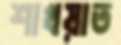
শাখয়াত